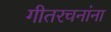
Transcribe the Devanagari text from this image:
गीतरचनांना